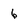
Character: 6